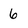
Character: 6